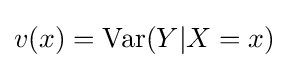
v(x)=\operatorname {Var} (Y|X=x)